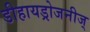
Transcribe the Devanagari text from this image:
डीहायड्रोजनीज्